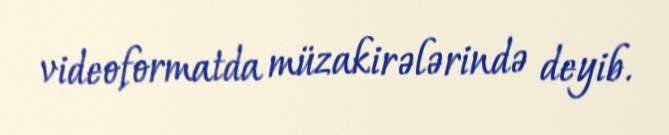
videoformatda müzakirələrində deyib.